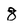
Character: 8